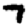
Digit: 7